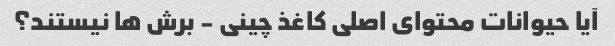
آیا حیوانات محتوای اصلی کاغذ چینی - برش ها نیستند؟